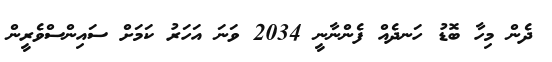
ދެން މިހާ ބޮޑު ހަނދެއް ފެންނާނީ 2034 ވަނަ އަހަރު ކަމަށް ސައިންސްވެރީން